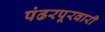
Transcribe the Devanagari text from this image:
पंढरपूरवारी